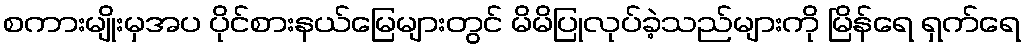
စကားမျိုးမှအပ ပိုင်စားနယ်မြေများတွင် မိမိပြုလုပ်ခဲ့သည်များကို မြိန်ရေ ရှက်ရေ